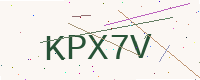
Text: KPX7V